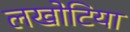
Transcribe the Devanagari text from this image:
लखोटिया